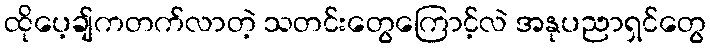
ထိုပေ့ချ်ကတက်လာတဲ့ သတင်းတွေကြောင့်လဲ အနုပညာရှင်တွေ